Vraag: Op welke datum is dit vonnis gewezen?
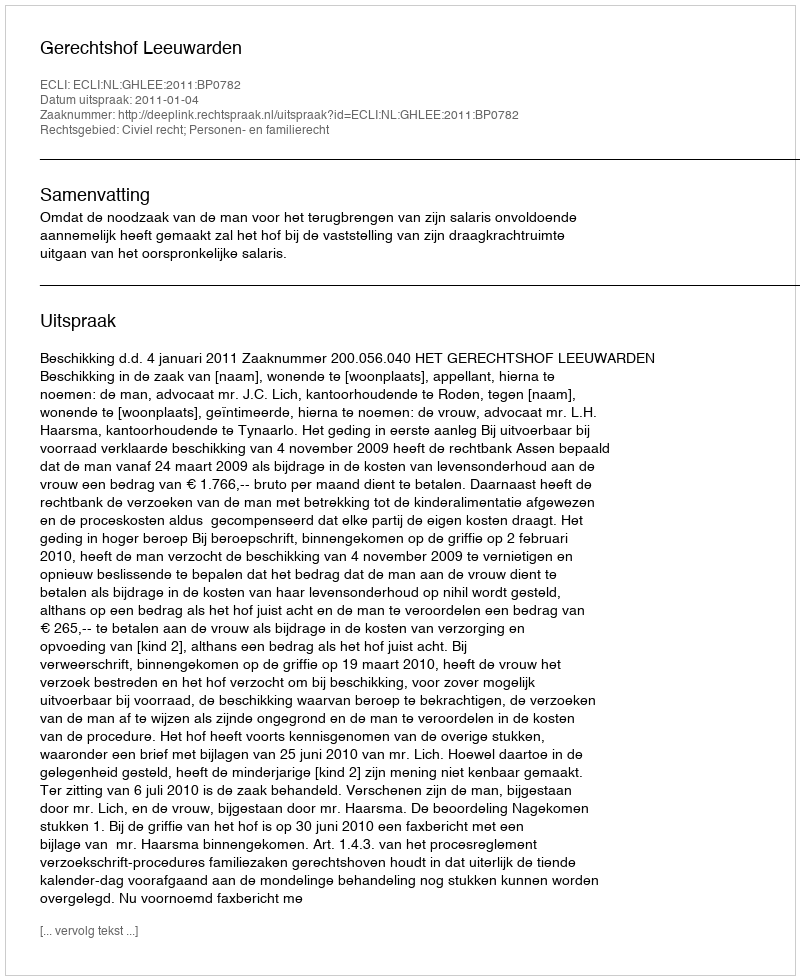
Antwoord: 2011-01-04